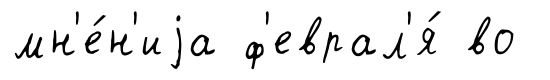
мн'е́н'иjа ф'еврал'я́ во